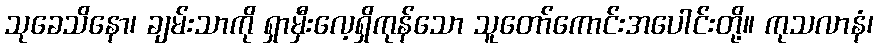
သုခေသိနော၊ ချမ်းသာကို ရှာမှီးလေ့ရှိကုန်သော သူတော်ကောင်းအပေါင်းတို့။ ကုသလာနံ၊